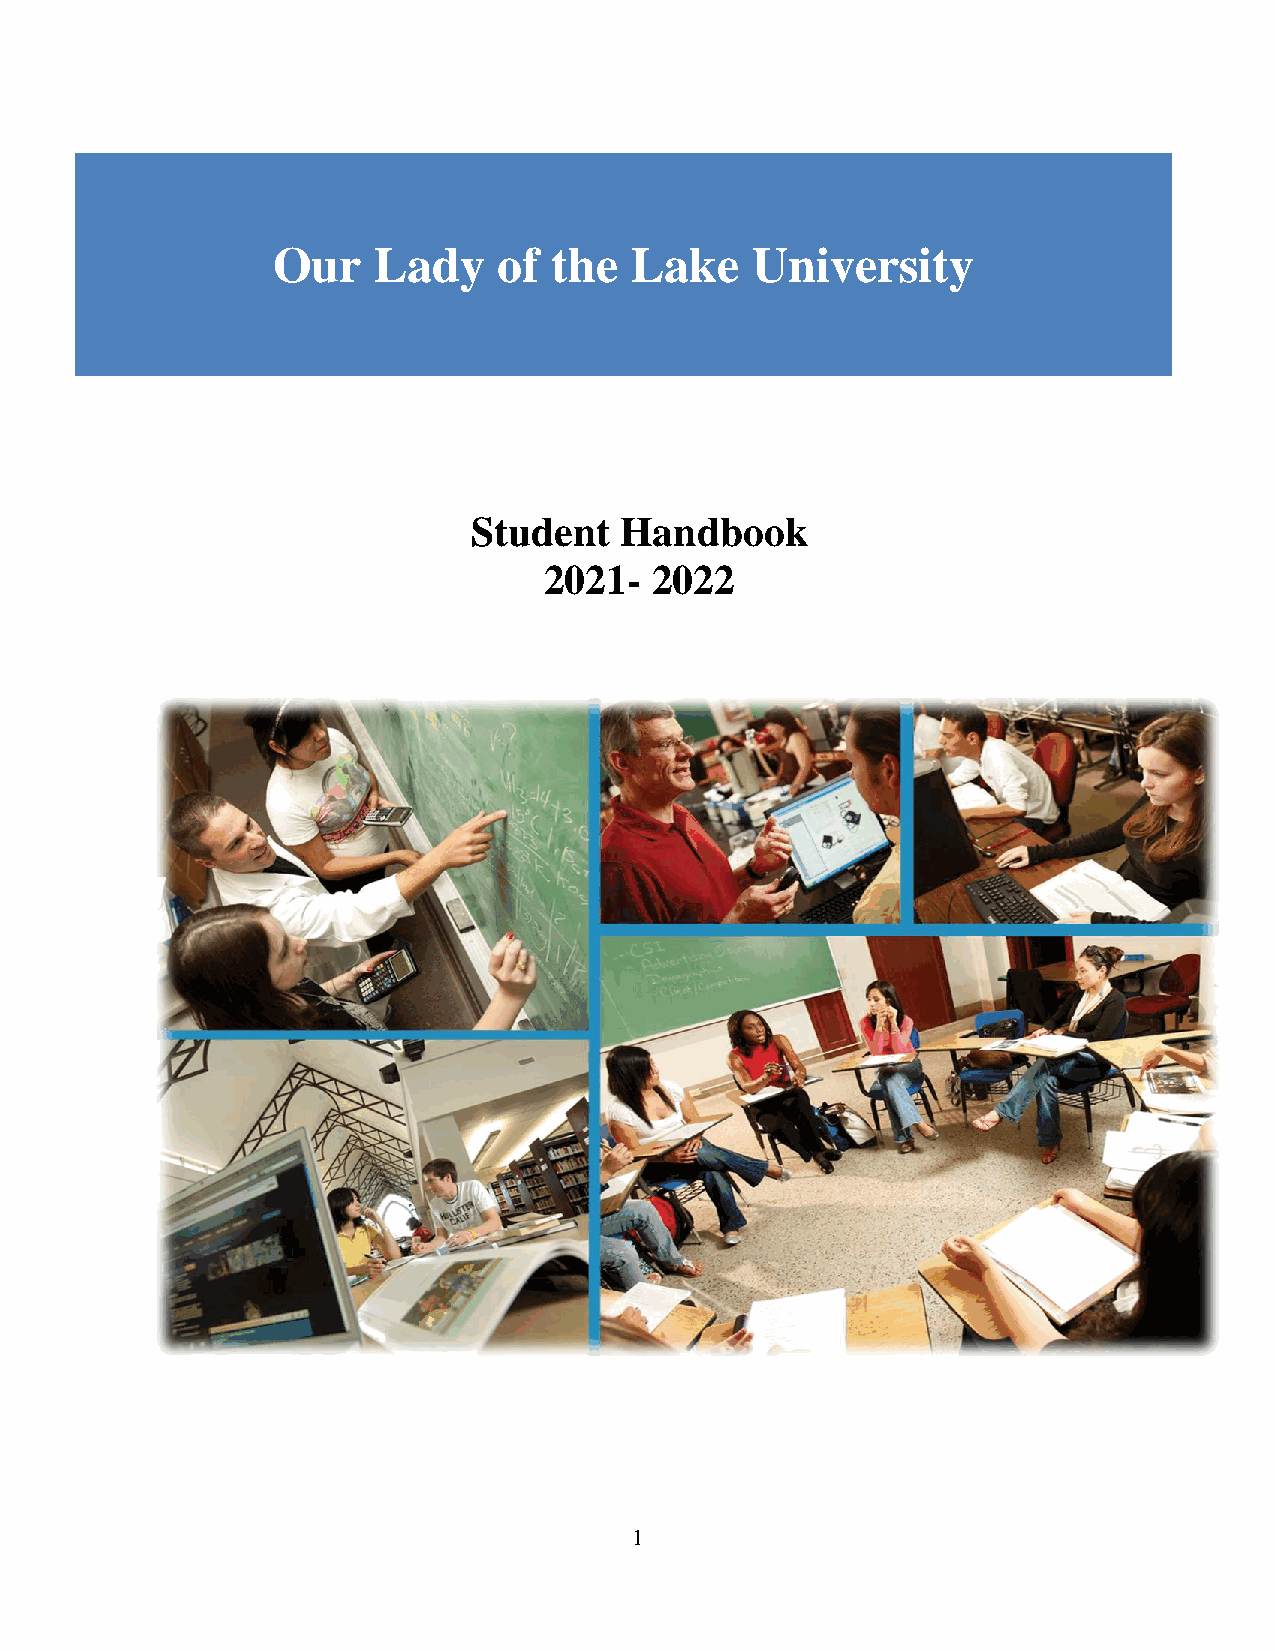
Our    Lady    of  the  Lake    University
 Student   Handbook
 2021-  2022
 1